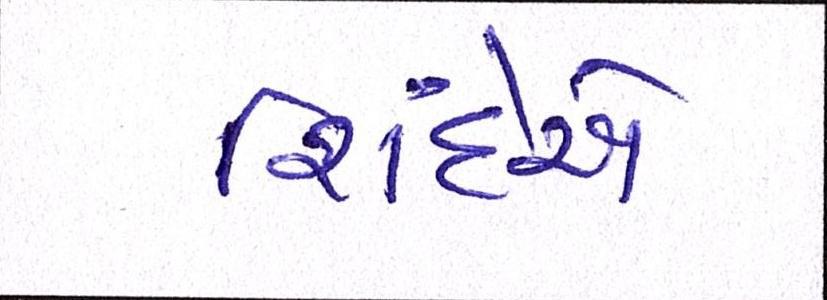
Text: શિંદેએ